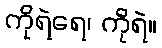
ကိုရဲရေ၊ ကိုရဲ။